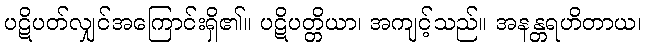
ပဋိပတ်လျှင်အကြောင်းရှိ၏။ ပဋိပတ္တိယာ၊ အကျင့်သည်။ အနန္တရဟိတာယ၊